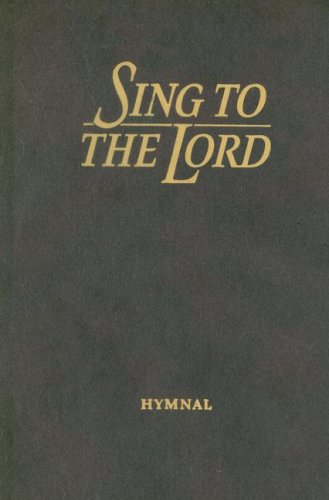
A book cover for Sing to the Lord: Hymnal (Maroon); Christian Books & Bibles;